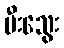
မီးသွေး